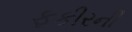
ફકીરની